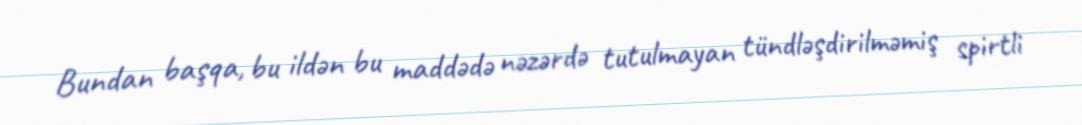
Bundan başqa, bu ildən bu maddədə nəzərdə tutulmayan tündləşdirilməmiş spirtli